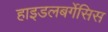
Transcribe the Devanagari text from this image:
हाइडलबर्गेसिस